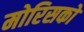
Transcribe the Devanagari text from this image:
मोरिसको